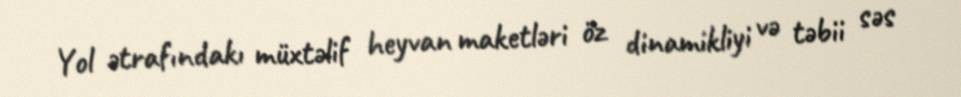
Yol ətrafındakı müxtəlif heyvan maketləri öz dinamikliyi və təbii səs